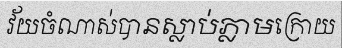
វ័យចំណាស់បានស្លាប់ភ្លាមក្រោយ